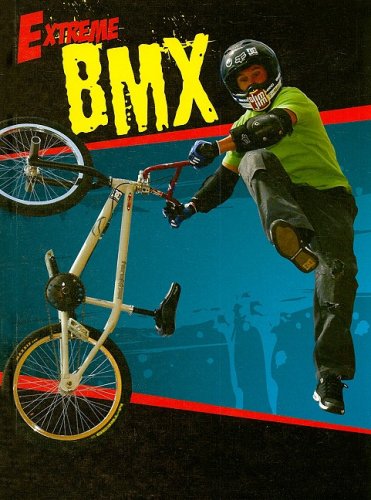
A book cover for BMX (Extreme); Tamar Lupo; Children's Books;